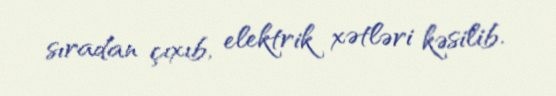
sıradan çıxıb, elektrik xətləri kəsilib.